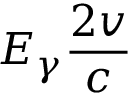
E _ { \gamma } \frac { 2 v } c